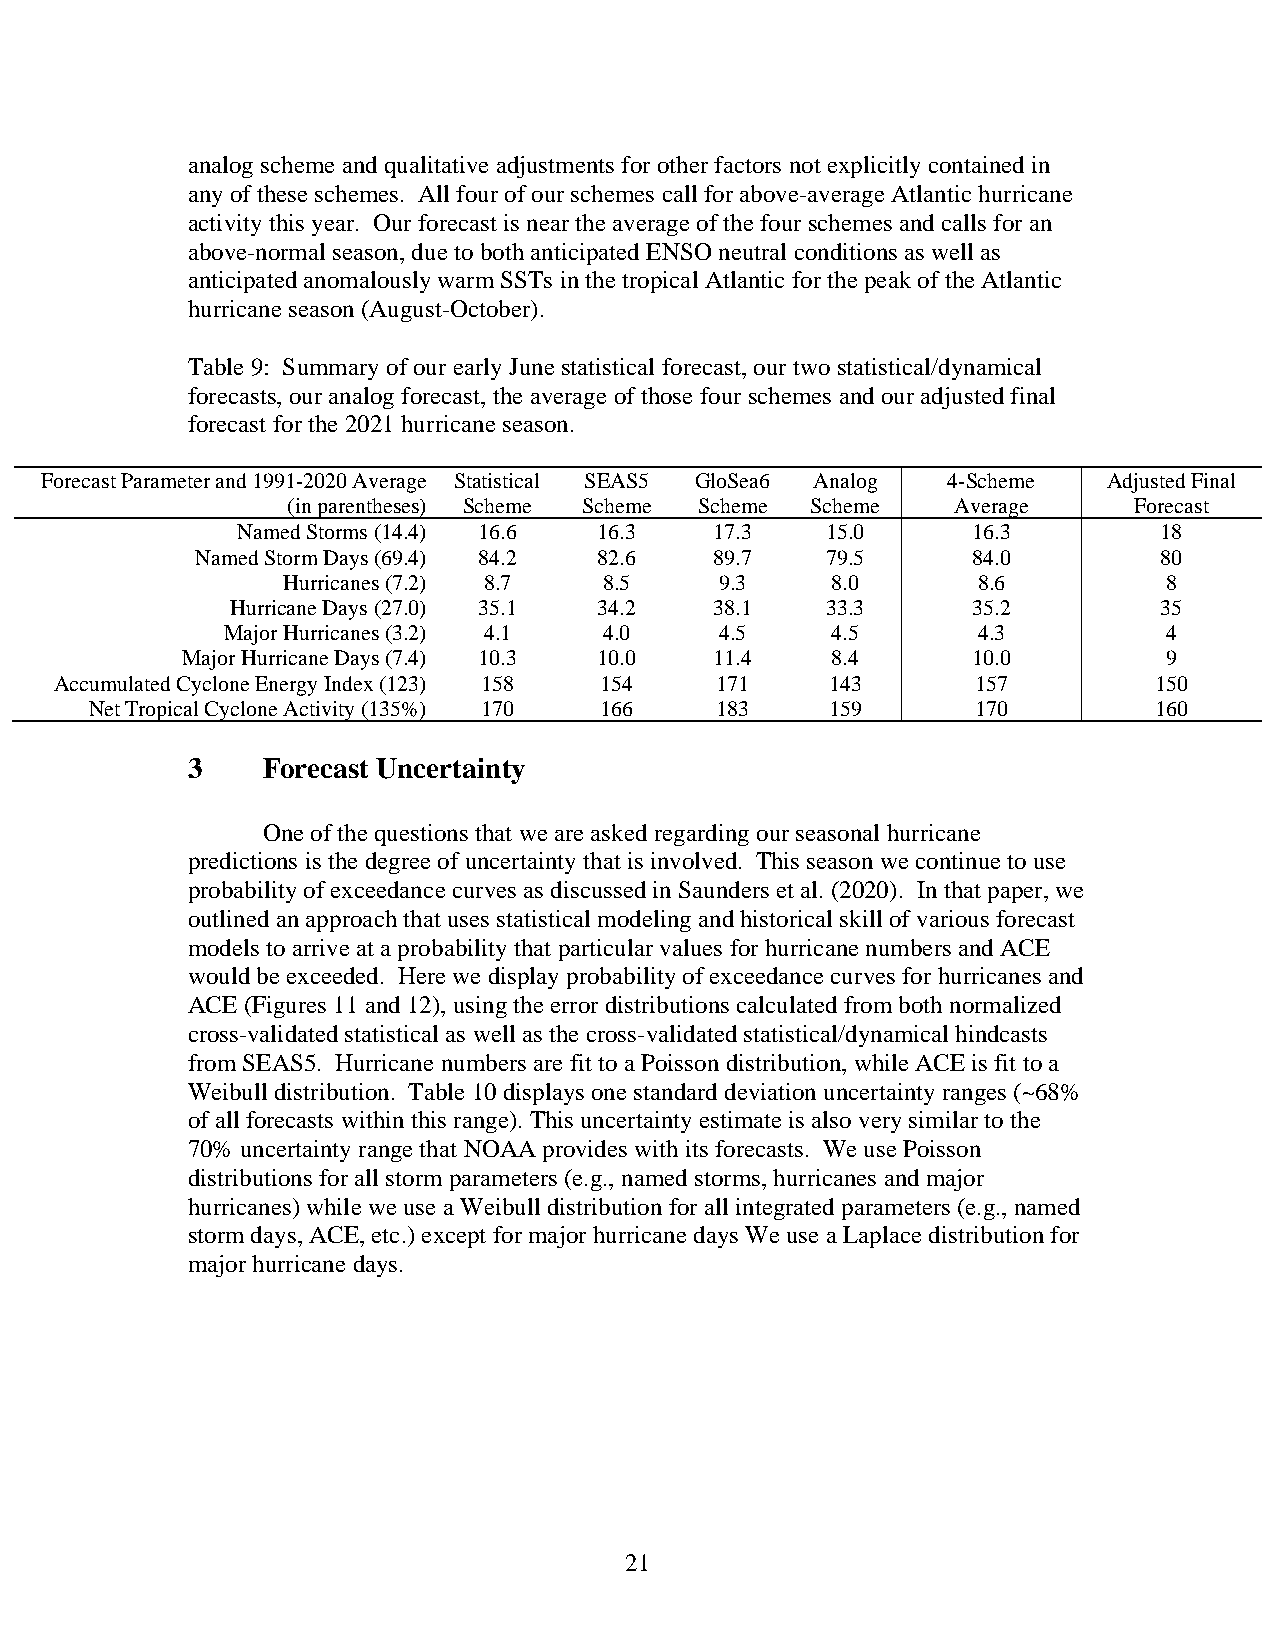
analog scheme and qualitative adjustments for other factors not explicitly contained in
 any of these schemes. All four of our schemes call for above-average Atlantic hurricane
 activity this year. Our forecast is near the average of the four schemes and calls for an
 above-normal season, due to both anticipated ENSO neutral conditions as well as
 anticipated anomalously warm SSTs in the tropical Atlantic for the peak of the Atlantic
 hurricane season (August-October).
 Table 9: Summary of our early June statistical forecast, our two statistical/dynamical
 forecasts, our analog forecast, the average of those four schemes and our adjusted final
 forecast for the 2021 hurricane season.
 Forecast Parameter and 1991-2020 Average Statistical SEAS5 GloSea6 Analog 4-Scheme Adjusted Final
 (in parentheses) Scheme Scheme Scheme Scheme Average    Forecast
 Named Storms (14.4) 16.6 16.3  17.3    15.0     16.3         18
 Named Storm Days (69.4) 84.2 82.6 89.7    79.5     84.0         80
 Hurricanes (7.2) 8.7 8.5     9.3    8.0       8.6         8
 Hurricane Days (27.0) 35.1 34.2 38.1    33.3     35.2         35
 Major Hurricanes (3.2) 4.1 4.0   4.5    4.5       4.3         4
 Major Hurricane Days (7.4) 10.3 10.0 11.4  8.4      10.0         9
 Accumulated Cyclone Energy Index (123) 158 154 171 143       157        150
 Net Tropical Cyclone Activity (135%) 170 166 183 159       170        160
 3    Forecast Uncertainty
 One of the questions that we are asked regarding our seasonal hurricane
 predictions is the degree of uncertainty that is involved. This season we continue to use
 probability of exceedance curves as discussed in Saunders et al. (2020). In that paper, we
 outlined an approach that uses statistical modeling and historical skill of various forecast
 models to arrive at a probability that particular values for hurricane numbers and ACE
 would be exceeded. Here we display probability of exceedance curves for hurricanes and
 ACE (Figures 11 and 12), using the error distributions calculated from both normalized
 cross-validated statistical as well as the cross-validated statistical/dynamical hindcasts
 from SEAS5. Hurricane numbers are fit to a Poisson distribution, while ACE is fit to a
 Weibull distribution. Table 10 displays one standard deviation uncertainty ranges (~68%
 of all forecasts within this range). This uncertainty estimate is also very similar to the
 70% uncertainty range that NOAA provides with its forecasts. We use Poisson
 distributions for all storm parameters (e.g., named storms, hurricanes and major
 hurricanes) while we use a Weibull distribution for all integrated parameters (e.g., named
 storm days, ACE, etc.) except for major hurricane days We use a Laplace distribution for
 major hurricane days.
 21